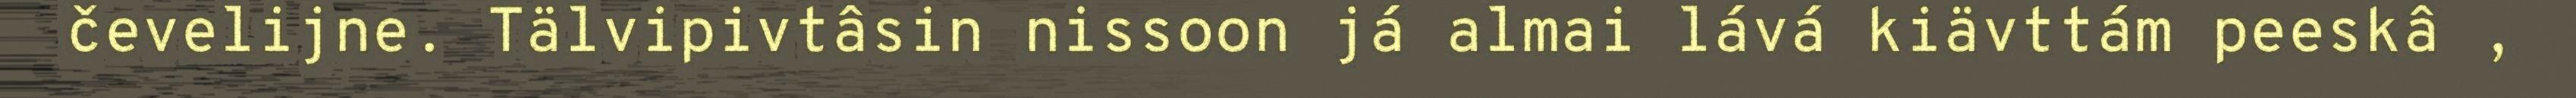
čevelijne. Tälvipivtâsin nissoon já almai lává kiävttám peeskâ ,